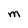
Character: M